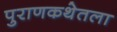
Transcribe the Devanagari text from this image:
पुराणकथेतला